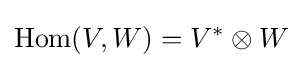
\operatorname {Hom} (V,W)=V^{*}\otimes W